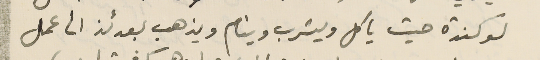
لوكندة حيث ياكل ويشرب وينام ويذهب بعدئذ الى عمل